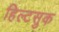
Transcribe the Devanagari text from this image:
हिल्टसुक